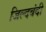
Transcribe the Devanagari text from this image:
जिल्दबंदी